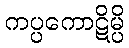
ကပ္ပကောဋိမ္ပိ